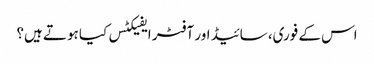
اس کے فوری، سائیڈ اور آفٹر ایفیکٹس کیا ہوتے ہیں؟